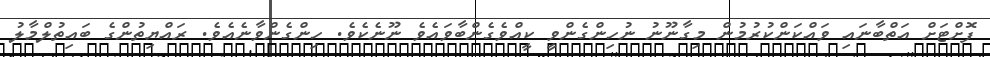
ފޮށްޓަށް އަތްބާނައި ވައްކަންކުރުމުން މިގާނޫނު ނުހިންގެންވީ ކީއްވެގެންބާވައެވެ ނޫނެކެވެ. ހިންގެންވާނެއެވެ. ރައްޔިތުންގެ ބައިތުލްމާލު